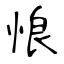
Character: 悢